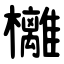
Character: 㰚